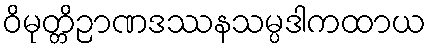
ဝိမုတ္တိဉာဏဒဿနသမ္ပဒါကထာယ